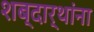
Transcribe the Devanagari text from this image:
शब्दार्थांना